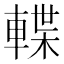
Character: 𨍕